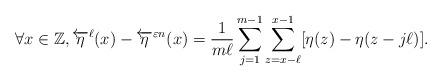
LaTeX: \begin{align*}\forall x \in \mathbb{Z}, \overleftarrow{\eta}^{\ell}(x) - \overleftarrow{\eta}^{\varepsilon n}(x) = \frac{1}{m \ell} \sum_{j=1}^{m-1} \sum_{z = x-\ell}^{x-1} [ \eta(z) - \eta(z - j \ell) ].\end{align*}